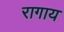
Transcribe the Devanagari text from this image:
रागाय